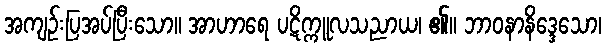
အကျဉ်းပြအပ်ပြီးသော။ အာဟာရေ ပဋိက္ကူလသညာယ၊ ၏။ ဘာဝနာနိဒ္ဒေသော၊